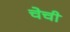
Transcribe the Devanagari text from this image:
चेची